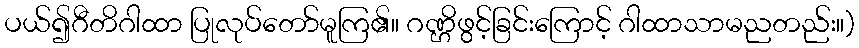
ပယ်၍ဂီတိဂါထာ ပြုလုပ်တော်မူကြ၏။ ဂဏ္ဌိဖွင့်ခြင်းကြောင့် ဂါထာသာမညတည်း။)